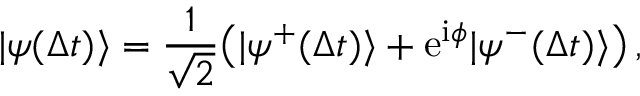
\vert \psi ( \Delta t ) \rangle = \frac { 1 } { \sqrt { 2 } } \big ( \vert \psi ^ { + } ( \Delta t ) \rangle + \mathrm { e } ^ { \mathrm { i } \phi } \vert \psi ^ { - } ( \Delta t ) \rangle \big ) \, ,